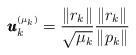
LaTeX: \begin{align*}\pmb{u}_k^{\scriptscriptstyle (\mu_k)} = \frac{\|r_{k}\|}{\sqrt{\mu_k}}\frac{\|r_{k}\|}{\|p_{k}\|}\end{align*}